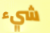
شيء